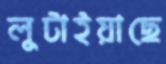
লুটাইয়াছে